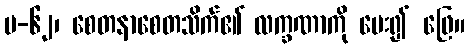
ပ-၆၂၊ စေတနာစေတသိက်၏ လက္ခဏာကို မေး၍ ဖြေ။